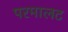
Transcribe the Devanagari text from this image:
परमालट